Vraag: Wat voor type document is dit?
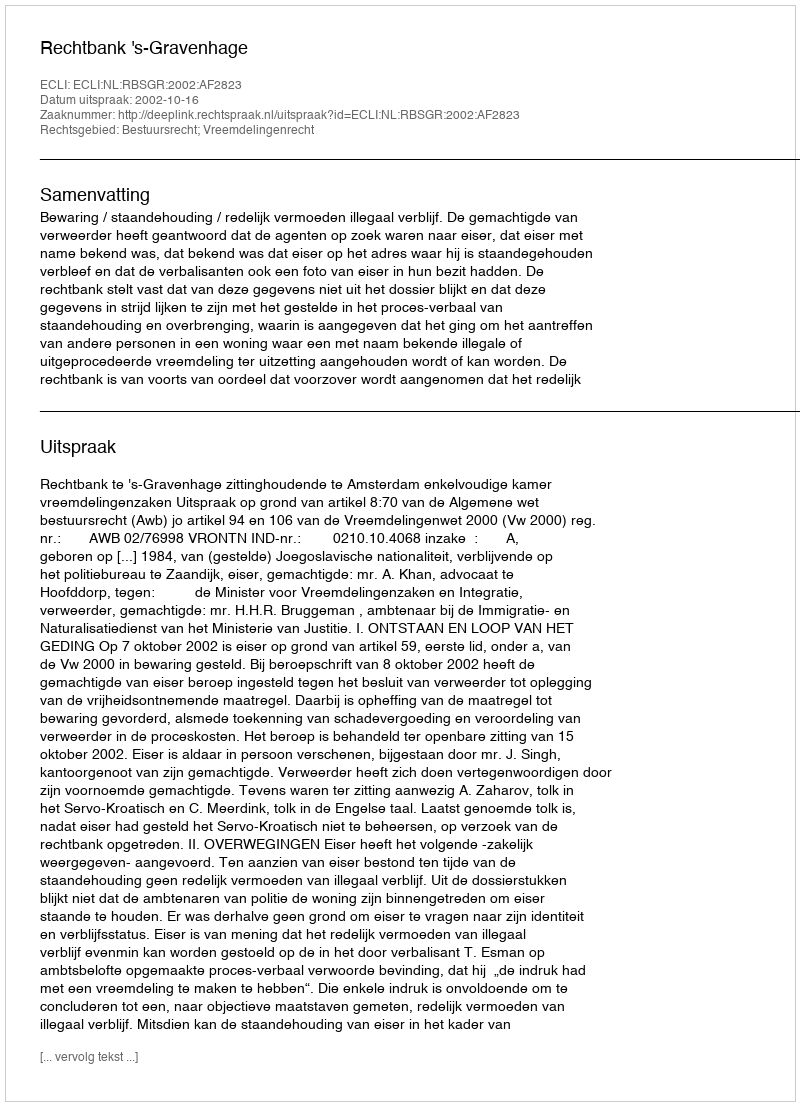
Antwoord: Uitspraak